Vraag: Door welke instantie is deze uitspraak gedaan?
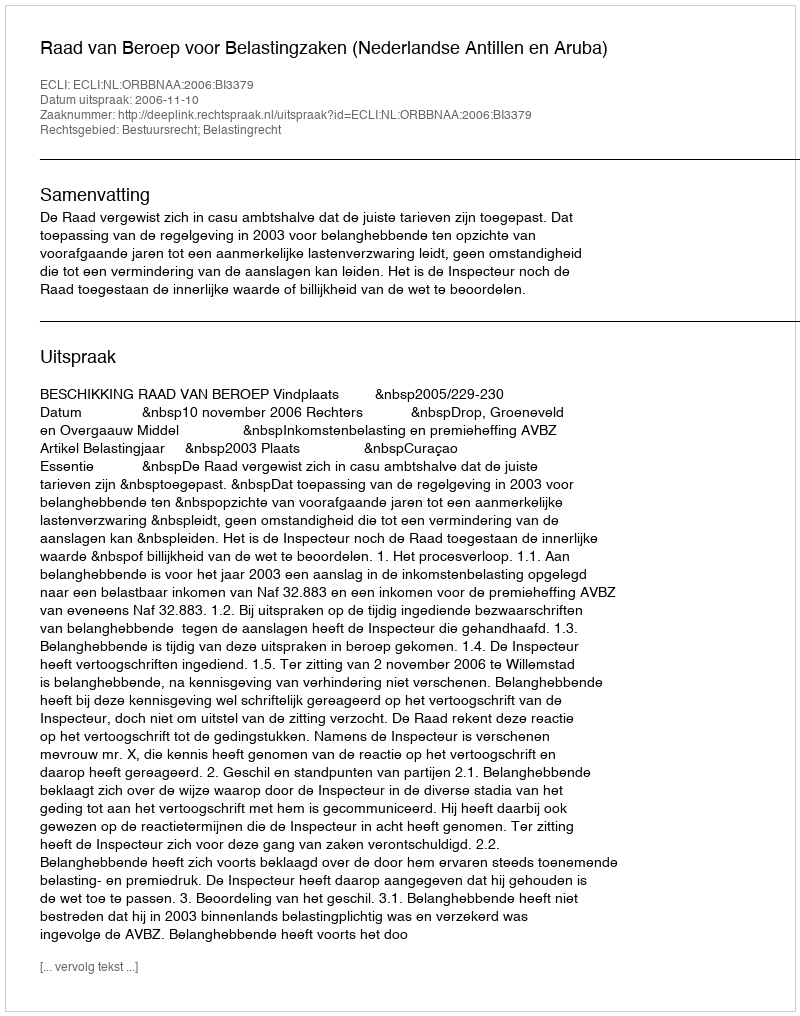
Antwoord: Raad van Beroep voor Belastingzaken (Nederlandse Antillen en Aruba)